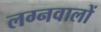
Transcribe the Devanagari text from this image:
लग्नवालों